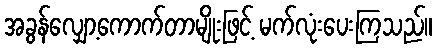
အခွန်လျှော့ကောက်တာမျိုးဖြင့် မက်လုံးပေးကြသည်။